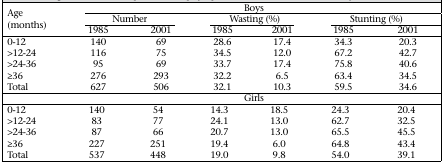
<table><thead><tr><td rowspan="3"><b>Age (months)</b></td><td colspan="6"><b>Boys</b></td></tr><tr><td colspan="2"><b>Number</b></td><td colspan="2"><b>Wasting (%)</b></td><td colspan="2"><b>Stunting (%)</b></td></tr><tr><td><b>1985</b></td><td><b>2001</b></td><td><b>1985</b></td><td><b>2001</b></td><td><b>1985</b></td><td><b>2001</b></td></tr></thead><tbody><tr><td>0-12</td><td>140</td><td>69</td><td>28.6</td><td>17.4</td><td>34.3</td><td>20.3</td></tr><tr><td>&gt;12-24</td><td>116</td><td>75</td><td>34.5</td><td>12.0</td><td>67.2</td><td>42.7</td></tr><tr><td>&gt;24-36</td><td>95</td><td>69</td><td>33.7</td><td>17.4</td><td>75.8</td><td>40.6</td></tr><tr><td>≥36</td><td>276</td><td>293</td><td>32.2</td><td>6.5</td><td>63.4</td><td>34.5</td></tr><tr><td>Total</td><td>627</td><td>506</td><td>32.1</td><td>10.3</td><td>59.5</td><td>34.6</td></tr><tr><td colspan="7">Girls</td></tr><tr><td>0-12</td><td>140</td><td>54</td><td>14.3</td><td>18.5</td><td>24.3</td><td>20.4</td></tr><tr><td>&gt;12-24</td><td>83</td><td>77</td><td>24.1</td><td>13.0</td><td>62.7</td><td>32.5</td></tr><tr><td>&gt;24-36</td><td>87</td><td>66</td><td>20.7</td><td>13.0</td><td>65.5</td><td>45.5</td></tr><tr><td>≥36</td><td>227</td><td>251</td><td>19.4</td><td>6.0</td><td>64.8</td><td>43.4</td></tr><tr><td>Total</td><td>537</td><td>448</td><td>19.0</td><td>9.8</td><td>54.0</td><td>39.1</td></tr></tbody></table>